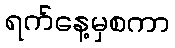
ရက်နေ့မှစကာ